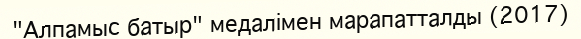
"Алпамыс батыр" медалімен марапатталды (2017)